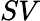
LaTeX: SV